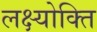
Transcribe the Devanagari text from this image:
लक्ष्योक्ति